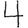
Digit: 4